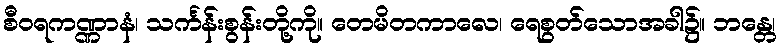
စီဝရကဏ္ဏာနံ၊ သင်္ကန်းစွန်းတို့ကို။ တေမိတကာလေ၊ ရေစွတ်သောအခါ၌။ ဘန္တေ၊